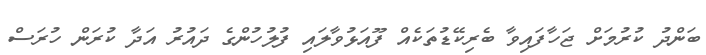
ބަންދު ކުރުމަށް ޖަހާފައިވާ ބެރިކޭޑުތަކެއް ފޫއަޅުވާލައި ފުލުހުންގެ ދައުރު އަދާ ކުރަން ހުރަސް